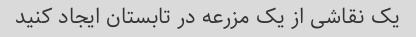
یک نقاشی از یک مزرعه در تابستان ایجاد کنید